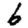
Digit: 6